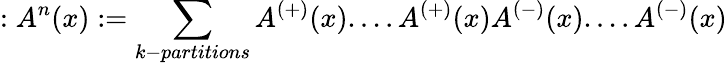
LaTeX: :A^{n}(x):=\sum_{k-partitions}A^{\left(+\right)}(x)....A^{\left(+\right)}(x)A^{\left(-\right)}(x)....A^{\left(-\right)}(x)